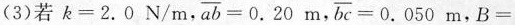
(3)若$$k = 2 . 0 N / m$$， $$\overline { a b } = 0 . 2 0 m$$,$$\overline { b c } = 0 . 0 5 0 m$$，$$B =